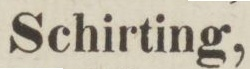
Schirting,